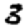
Digit: 3